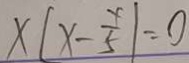
x \vert x - \frac { x } { 5 } \vert = 0